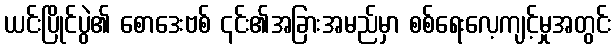
ယင်းပြိုင်ပွဲ၏ စောဒေးဗစ် ၎င်း၏အခြားအမည်မှာ စစ်ရေးလေ့ကျင့်မှုအတွင်း